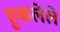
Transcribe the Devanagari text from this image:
हुकलेले